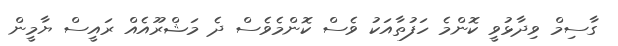
ގާސިމް ވިދާޅުވީ ކޮންމެ ހަފުތާއަކު ވެސް ކޮންމެވެސް ދެ މަޝްރޫއެއް ރައީސް ޔާމީން